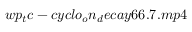
w p _ { t } c - c y c l o _ { o } n _ { d } e c a y 6 6 . 7 . m p 4